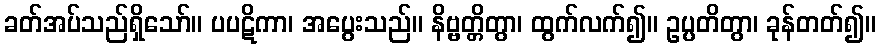
ခတ်အပ်သည်ရှိသော်။ ပပဋိကာ၊ အပွေးသည်။ နိဗ္ဗတ္တိတွာ၊ ထွက်လက်၍။ ဥပ္ပတိတွာ၊ ခုန်တတ်၍။